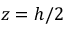
z = h / 2